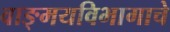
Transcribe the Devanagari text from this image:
वाङ्‌मयविभागाचे